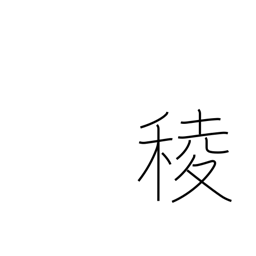
Meaning: angle